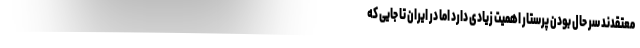
معتقدند سر حال بودن پرستار اهمیت زیادی دارد اما در ایران تا جایی که